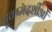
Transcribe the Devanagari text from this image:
सूक्ष्मदर्शीओं